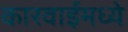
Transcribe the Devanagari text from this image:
कारवाईमध्ये